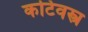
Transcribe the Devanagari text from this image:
कटिवस्त्र